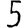
Digit: 5